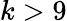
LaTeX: k>9